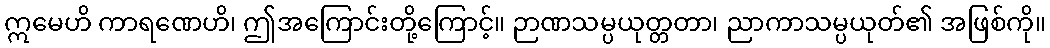
ဣမေဟိ ကာရဏေဟိ၊ ဤအကြောင်းတို့ကြောင့်။ ဉာဏသမ္ပယုတ္တတာ၊ ညာကာသမ္ပယုတ်၏ အဖြစ်ကို။